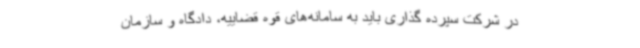
در شرکت سپرده گذاری باید به سامانه‌های قوه قضاییه، دادگاه و سازمان